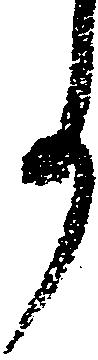
事